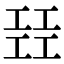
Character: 㠭